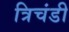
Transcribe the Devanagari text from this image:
त्रिचंडी